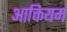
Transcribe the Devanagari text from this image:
आक्तियम